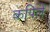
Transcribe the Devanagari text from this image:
कपिले